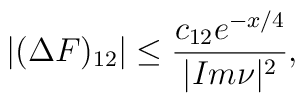
|(\Delta F)_{12}|\leq\frac{c_{12}e^{-x/4}}{|Im\nu|^2},